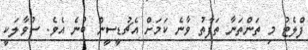
ފްލެޓު މި ތަންތަނާ ތަފާތު ވާނެ ކަމަށް އެޗުޑީސީން ބުނެ އެވެ. ސުވާލަކީ